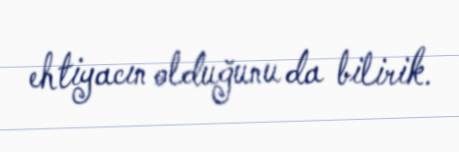
ehtiyacın olduğunu da bilirik.